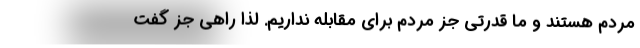
مردم هستند و ما قدرتی جز مردم برای مقابله نداریم. لذا راهی جز گفت